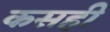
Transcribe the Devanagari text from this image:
कसही